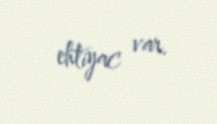
ehtiyac var.